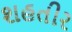
શહતીર